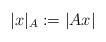
LaTeX: \begin{align*}|x|_{A} := |Ax|\end{align*}